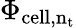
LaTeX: \Phi_{\mathrm{cell,n_{t}}}